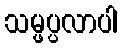
သမ္ဖပ္ပလာပါ